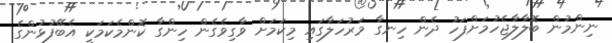
ނިންމުން ބޮލާލާޖެހުމަށްފަހު ދެން ހިނގާ މަރުހަލާގައި މިކަމަށް ވާގިވެގެން ހިންގާ ކޮންމެކަމަކީ އެބޭފުޅުންގެ